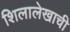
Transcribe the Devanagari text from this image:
शिलालेखाची